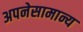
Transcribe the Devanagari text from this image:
अपनेसामान्य